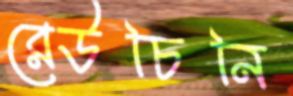
রেউচিনি